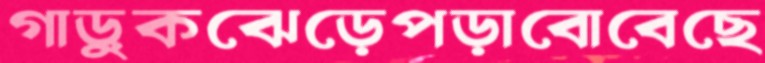
গাড়ুকঝেড়েপড়াবোবেছে